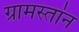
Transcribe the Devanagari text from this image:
ग्रामस्तांन